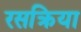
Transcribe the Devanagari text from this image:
रसक्रिया